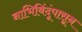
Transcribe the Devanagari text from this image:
नाभिबिंदूंपासून